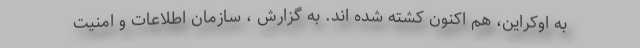
به اوکراین، هم اکنون کشته شده اند. به گزارش ، سازمان اطلاعات و امنیت